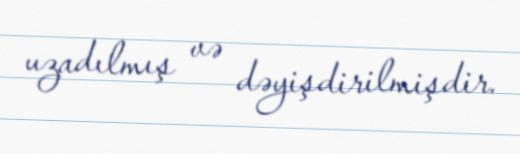
uzadılmış və dəyişdirilmişdir.